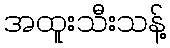
အထူးသီးသန့်